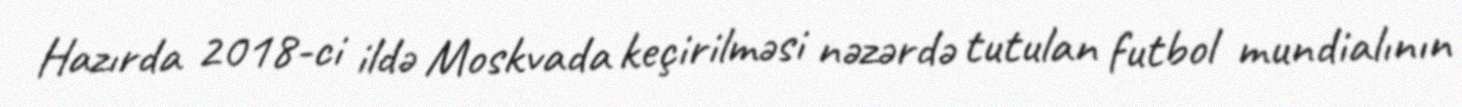
Hazırda 2018-ci ildə Moskvada keçirilməsi nəzərdə tutulan futbol mundialının